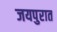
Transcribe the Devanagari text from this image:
जयपुरात